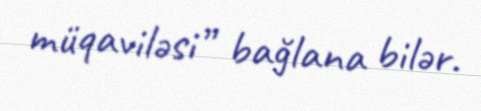
müqaviləsi” bağlana bilər.